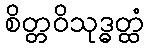
စိတ္တဝိသုဒ္ဓတ္ထံ